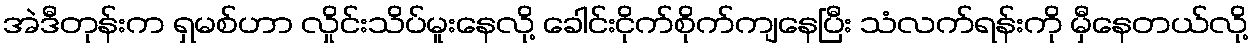
အဲဒီတုန်းက ရှမစ်ဟာ လှိုင်းသိပ်မူးနေလို့ ခေါင်းငိုက်စိုက်ကျနေပြီး သံလက်ရန်းကို မှီနေတယ်လို့